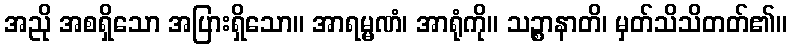
အညို အစရှိသော အပြားရှိသော။ အာရမ္မဏံ၊ အာရုံကို။ သဉ္စာနာတိ၊ မှတ်သိသိတတ်၏။